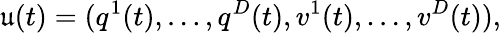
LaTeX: \mathfrak{u}(t)=(q^{1}(t),\dots,q^{D}(t),v^{1}(t),\dots,v^{D}(t)),